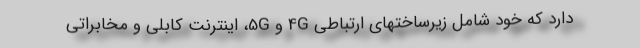
دارد که خود شامل زیرساختهای ارتباطی 4G و 5G، اینترنت کابلی و مخابراتی